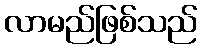
လာမည်ဖြစ်သည်